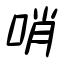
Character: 哨